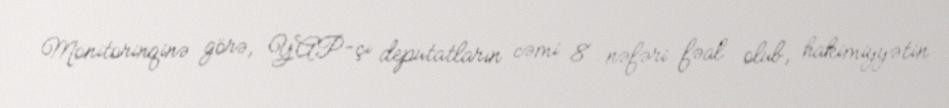
Monitorinqinə görə, YAP-çı deputatların cəmi 8 nəfəri fəal olub, hakimiyyətin